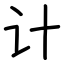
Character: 计